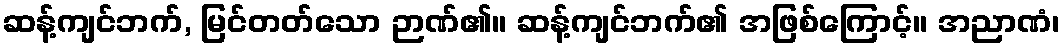
ဆန့်ကျင်ဘက်, မြင်တတ်သော ဉာဏ်၏။ ဆန့်ကျင်ဘက်၏ အဖြစ်ကြောင့်။ အညာဏံ၊